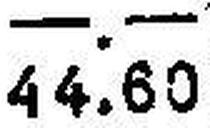
44.60